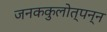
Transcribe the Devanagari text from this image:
जनककुलोत्पन्न